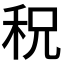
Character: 𥞏